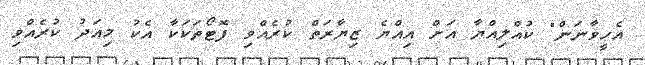
އެހީވާނަން" ކުއްލިއްޔާ އަށް އިއްޔެ ޒިޔާރަތް ކުރެއްވި ފޮޓޯތަކަކާ އެކު މިއަދު ކުރެއްވި